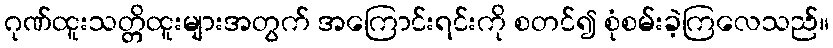
ဂုဏ်ထူးသတ္တိထူးများအတွက် အကြောင်းရင်းကို စတင်၍ စုံစမ်းခဲ့ကြလေသည်။